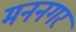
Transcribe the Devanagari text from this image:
मननगर